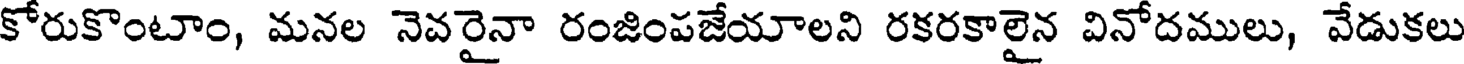
కోరుకొంటాం, మనల నెవరైనా రంజింపజేయాలని రకరకాలైన వినోదములు, వేడుకలు